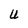
Character: U